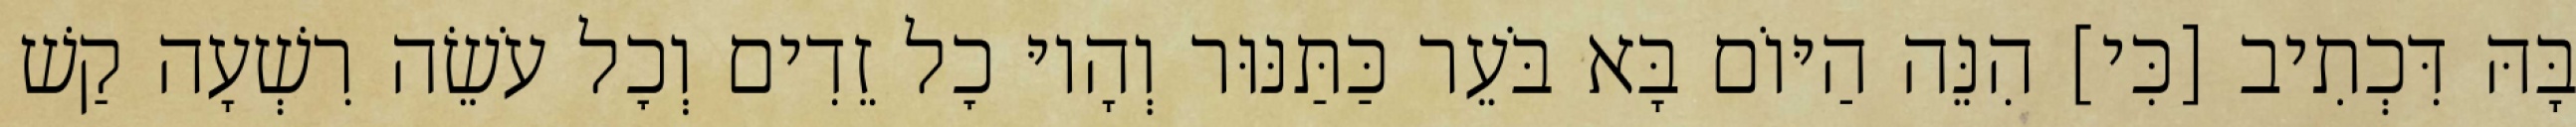
בָּהּ דִּכְתִיב [כִּי] הִנֵּה הַיּוֹם בָּא בֹּעֵר כַּתַּנּוּר וְהָיוּ כׇל זֵדִים וְכׇל עֹשֵׂה רִשְׁעָה קַשׁ